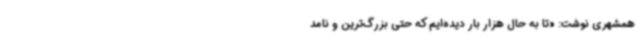
همشهری نوشت: «تا به حال هزار بار دیده‌ایم که حتی بزرگ‌ترین و نامد